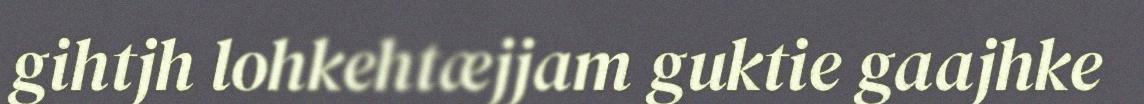
gihtjh lohkehtæjjam guktie gaajhke